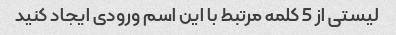
لیستی از 5 کلمه مرتبط با این اسم ورودی ایجاد کنید